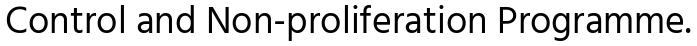
Control and Non-proliferation Programme.